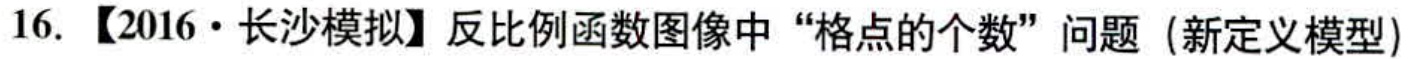
16. 【2016·长沙模拟】反比例函数图像中“格点的个数”问题（新定义模型）